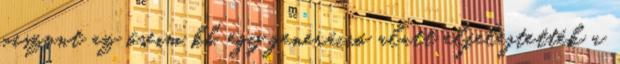
viszont az őseim kb. egy generáció alatt elfelejtették a